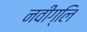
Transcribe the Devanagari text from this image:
नवीग्लि